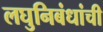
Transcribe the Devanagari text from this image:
लघुनिबंधांची